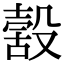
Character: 𣪸